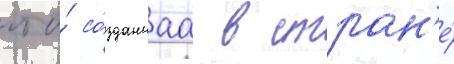
что́ со́зданнаа в стран'е́